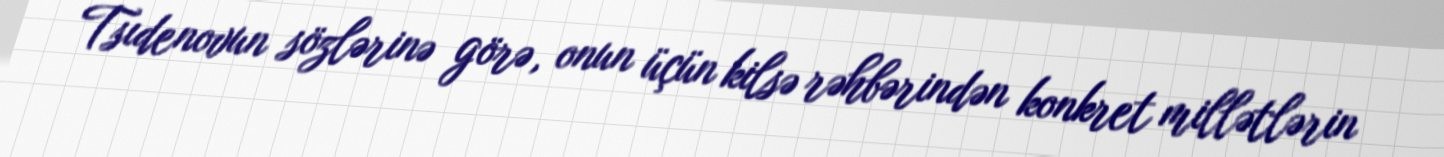
Tsıdenovun sözlərinə görə, onun üçün kilsə rəhbərindən konkret millətlərin